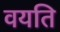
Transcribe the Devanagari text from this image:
वयति